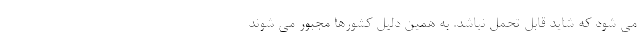
می شود که شاید قابل تحمل نباشد. به همین دلیل کشورها مجبور می شوند